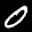
Label: 0